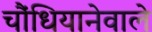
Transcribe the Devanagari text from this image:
चौंधियानेवाले